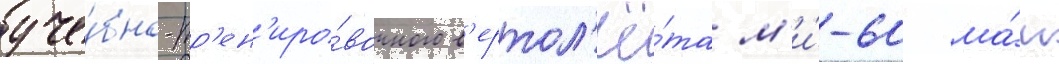
уче́бно-тр'ен'иро́вочного в'ертол'ё́та м'и́-60 ма́и